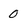
Character: 0